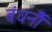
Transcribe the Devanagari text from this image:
बंधनोँ